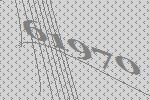
61970